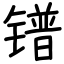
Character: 镨